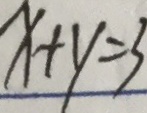
x + y = 3